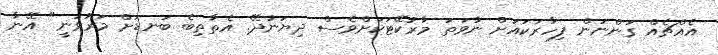
އެއްޗެއް ގަންނަން ފިހާރަކައަށް ނުވަތަ މާރުކޭޓަކަށްވެސް ދިޔަނުދޭ. އެތާތިބެ ބަނޑަށް މަރުވަނީ" އޭނާ